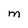
Character: M